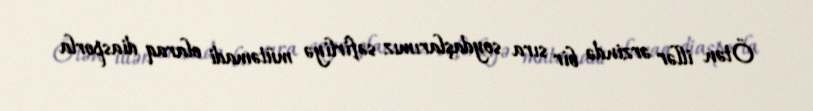
Ötən illər ərzində bir sıra soydaşlarımız səfirliyə mütəmadi olaraq diasporla